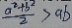
\frac { a ^ { 2 } + b ^ { 2 } } { 2 } > a b